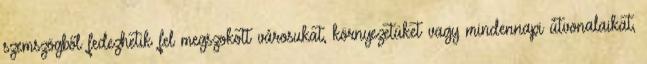
szemszögből fedezhetik fel megszokott városukat, környezetüket vagy mindennapi útvonalaikat,